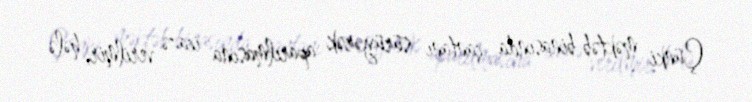
Çünki məktəb binasında çantanı sürüyərək aparılmasına icazə verilmir, hələ